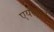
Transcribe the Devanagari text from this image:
एयरट्रान